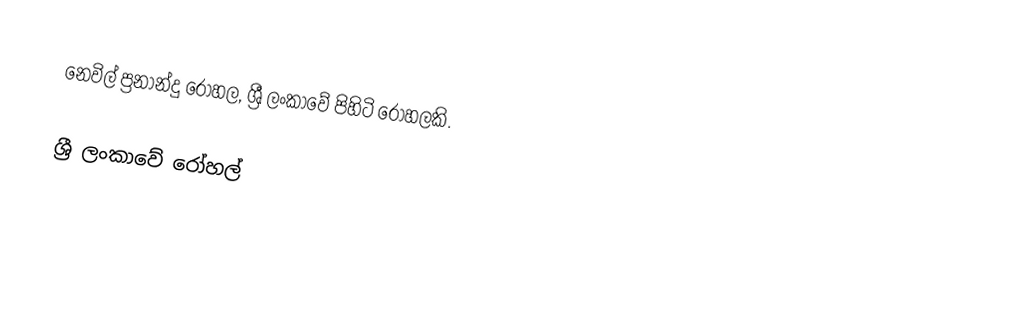
නෙවිල් ප්‍රනාන්දු රෝහල, ශ්‍රී ලංකාවේ පිහිටි රෝහලකි.

ශ්‍රී ලංකාවේ රෝහල්